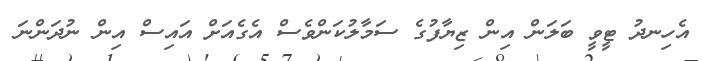
އެހިނދު ޓީވީ ބަލަން އިން ޒިޔާފުގެ ސަމާލުކަންވެސް އެގެއަށް އައިސް އިން ނުދަންނަ